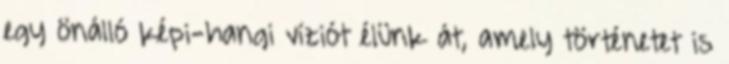
egy önálló képi-hangi víziót élünk át, amely történetet is